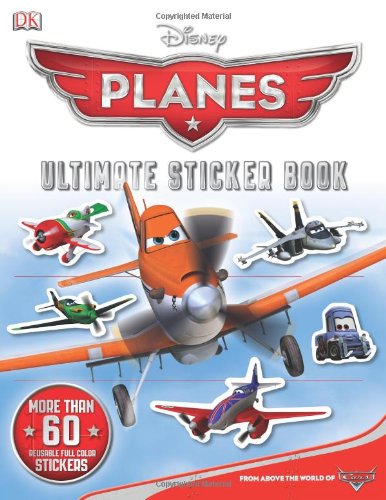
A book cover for Ultimate Sticker Book: Disney Planes (Ultimate Sticker Books); DK Publishing; Children's Books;